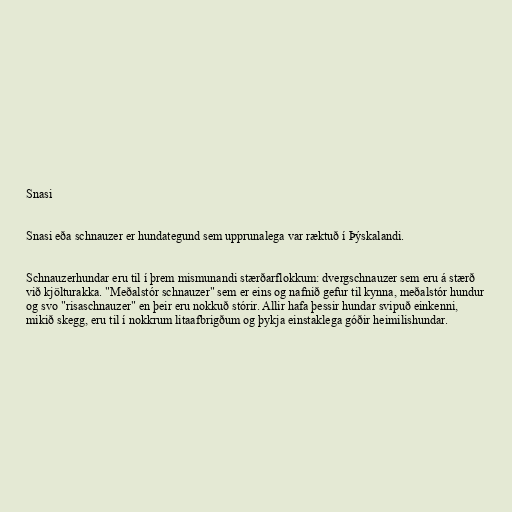
Snasi

Snasi eða schnauzer er hundategund sem upprunalega var ræktuð í Þýskalandi.

Schnauzerhundar eru til í þrem mismunandi stærðarflokkum: dvergschnauzer sem eru á stærð
við kjölturakka. "Meðalstór schnauzer" sem er eins og nafnið gefur til kynna, meðalstór hundur
og svo "risaschnauzer" en þeir eru nokkuð stórir. Allir hafa þessir hundar svipuð einkenni,
mikið skegg, eru til í nokkrum litaafbrigðum og þykja einstaklega góðir heimilishundar.